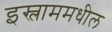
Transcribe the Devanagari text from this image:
इस्लाममधील